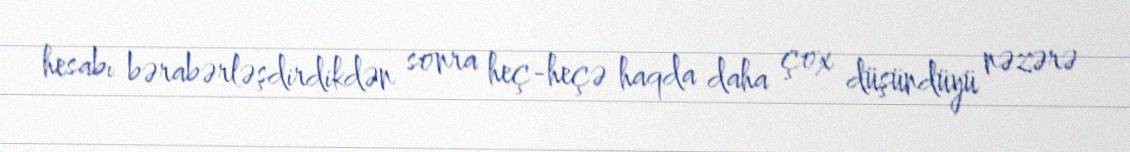
hesabı bərabərləşdirdikdən sonra heç-heçə haqda daha çox düşündüyü nəzərə